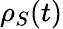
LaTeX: \rho_{S}(t)